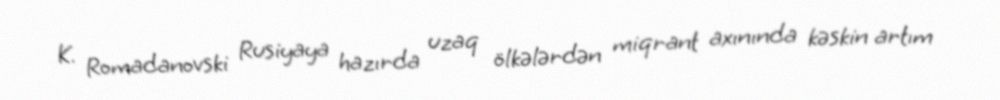
K. Romadanovski Rusiyaya hazırda uzaq ölkələrdən miqrant axınında kəskin artım